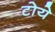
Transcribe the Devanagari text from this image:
टोये